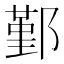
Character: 鄞